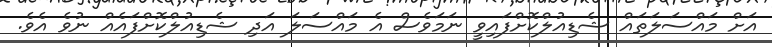
އަށް މައްސަލަތައް ޝެޑިއުލްކޮށްފައިވީ ނަމަވެސް އެ މައްސަލަ އަދި ޝެޑިއުލްކޮށްފައެއް ނުވެ އެވެ.